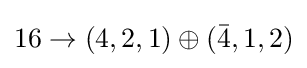
16\rightarrow (4,2,1)\oplus ({\bar {4}},1,2)